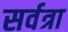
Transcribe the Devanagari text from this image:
सर्वत्रा